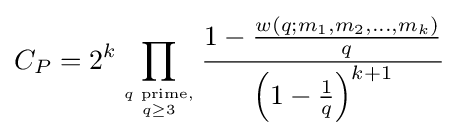
C_{P}=2^{k}\prod _{q{\text{ prime,}} \atop q\geq 3}{\frac {1-{\frac {w(q;m_{1},m_{2},\ldots ,m_{k})}{q}}}{\left(1-{\frac {1}{q}}\right)^{k+1}}}